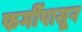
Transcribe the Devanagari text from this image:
फर्मीपासून